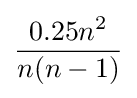
{\frac {0.25n^{2}}{n(n-1)}}